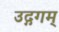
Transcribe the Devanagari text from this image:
उद्गगम्